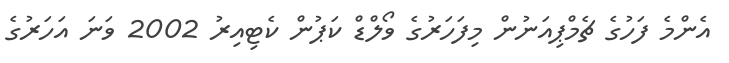
އެންމެ ފަހުގެ ޗެމްޕިއަނުން މިފަހަރުގެ ވޯލްޑް ކަޕުން ކެޓިއިރު 2002 ވަނަ އަހަރުގެ